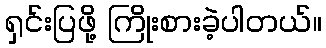
ရှင်းပြဖို့ ကြိုးစားခဲ့ပါတယ်။